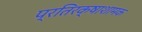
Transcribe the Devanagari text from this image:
प्रतिरक्षाशामक